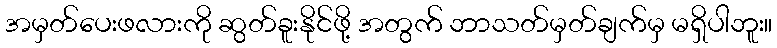
အမှတ်ပေးဖလားကို ဆွတ်ခူးနိုင်ဖို့ အတွက် ဘာသတ်မှတ်ချက်မှ မရှိပါဘူး။